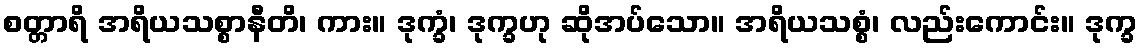
စတ္တာရိ အရိယသစ္စာနီတိ၊ ကား။ ဒုက္ခံ၊ ဒုက္ခဟု ဆိုအပ်သော။ အရိယသစ္စံ၊ လည်းကောင်း။ ဒုက္ခ